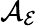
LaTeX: \mathcal{A}_{\mathcal{E}}